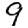
Digit: 9